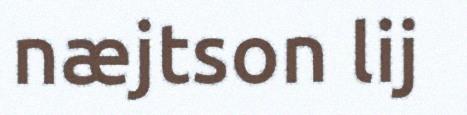
næjtson lij